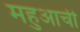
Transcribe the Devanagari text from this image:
महुआची